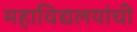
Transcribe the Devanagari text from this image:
महाविद्यलयांची